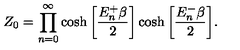
Z _ { 0 } = \prod _ { n = 0 } ^ { \infty } \cosh \bigg [ \frac { E _ { n } ^ { + } \beta } { 2 } \bigg ] \cosh \bigg [ \frac { E _ { n } ^ { - } \beta } { 2 } \bigg ] .